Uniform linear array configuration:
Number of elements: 48
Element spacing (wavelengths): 0.25
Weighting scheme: kaiser
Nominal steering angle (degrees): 30
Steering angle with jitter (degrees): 29.742
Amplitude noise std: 0.05
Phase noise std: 0.05

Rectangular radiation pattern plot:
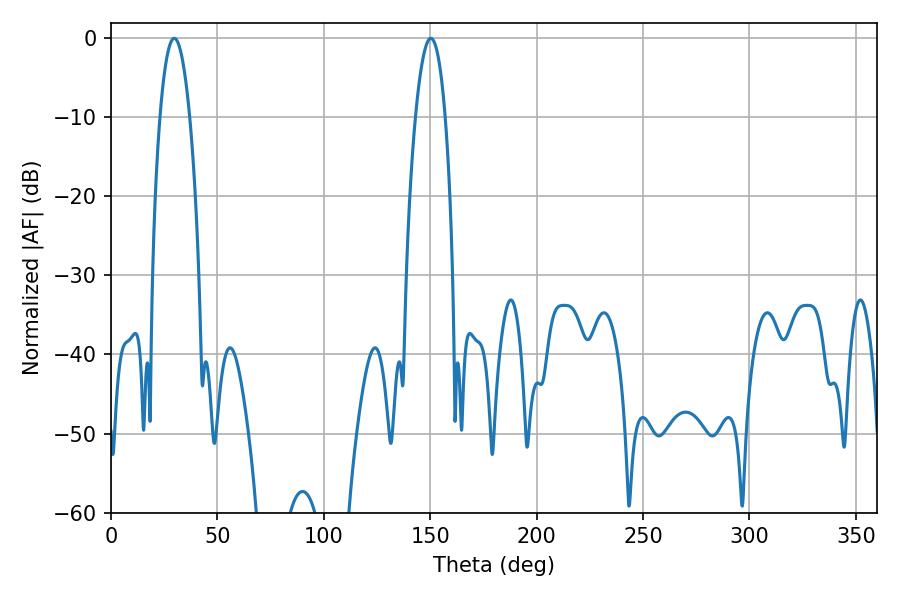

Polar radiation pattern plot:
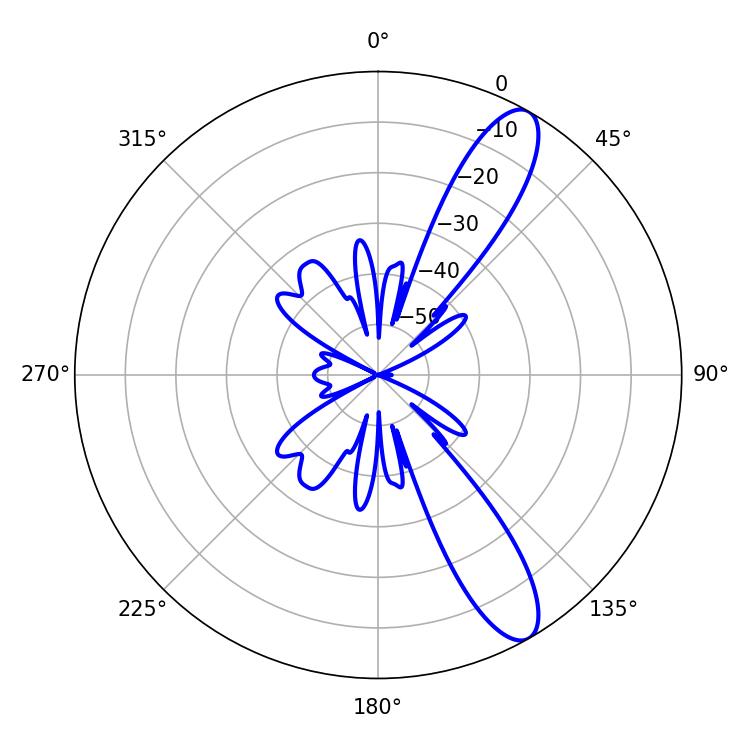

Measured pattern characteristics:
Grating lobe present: FALSE
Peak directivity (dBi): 11.43
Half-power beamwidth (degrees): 7.74
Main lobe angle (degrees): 29.7